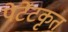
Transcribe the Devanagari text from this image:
पेटेंटकृत